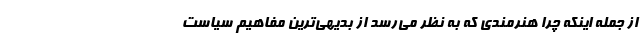
از جمله اینکه چرا هنرمندی که به نظر می‌‌رسد از بدیهی‌ترین مفاهیم سیاست